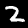
Label: 2